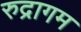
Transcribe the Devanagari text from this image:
रुद्रागम